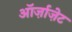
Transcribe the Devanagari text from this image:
ऑर्ज़ाज़ेट